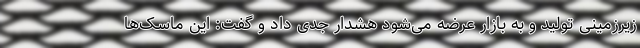
زیرزمینی تولید و به بازار عرضه می‌شود هشدار جدی داد و گفت: این ماسک‌ها